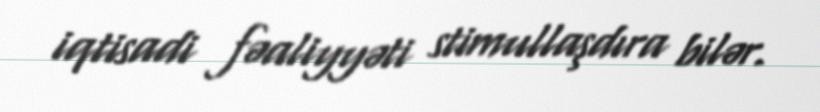
iqtisadi fəaliyyəti stimullaşdıra bilər.